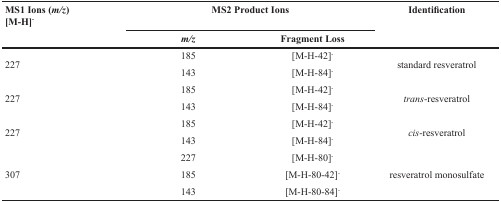
| <ROWSPAN=2> MS1 Ions (m/z)[M-H]- | <COLSPAN=2> MS2 Product Ions | <ROWSPAN=2> Identification |
 | m/z | Fragment Loss |
 | --- | --- | --- | --- |
 | <ROWSPAN=2> 227 | 185 | [M-H-42]- | <ROWSPAN=2> standard resveratrol |
 | 143 | [M-H-84]- |
 | <ROWSPAN=2> 227 | 185 | [M-H-42]- | <ROWSPAN=2> trans-resveratrol |
 | 143 | [M-H-84]- |
 | <ROWSPAN=2> 227 | 185 | [M-H-42]- | <ROWSPAN=2> cis-resveratrol |
 | 143 | [M-H-84]- |
 | <ROWSPAN=3> 307 | 227 | [M-H-80]- | <ROWSPAN=3> resveratrol monosulfate |
 | 185 | [M-H-80-42]- |
 | 143 | [M-H-80-84]- |